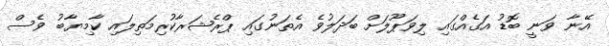
އޭނާ ވަނީ ބޮޑު އަގެއްގައި ލިވަޕޫލަށް ބަދަލުވެ އެތަނުގައި ޕްރެޝަރާކުރިމަތިލައި ކާމިޔާބު ވެސް